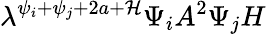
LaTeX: \lambda^{\psi_{i}+\psi_{j}+2a+\mathcal{H}}\Psi_{i}A^{2}\Psi_{j}H